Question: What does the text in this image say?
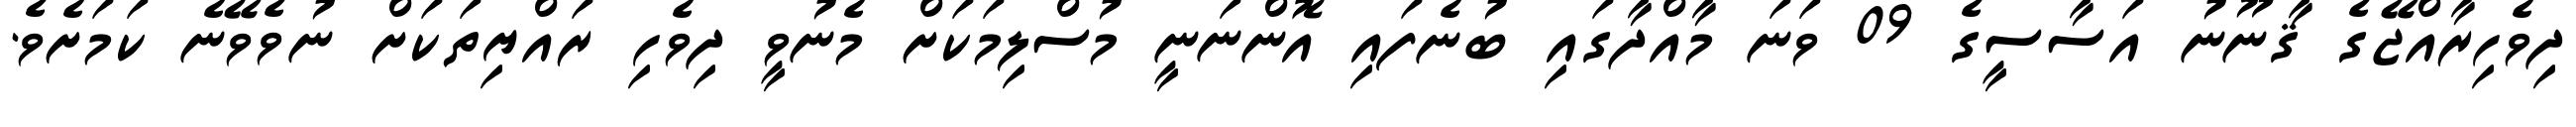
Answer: ދިވެހިރާއްޖޭގެ ޤާނޫނު އަސާސީގެ 09 ވަނަ މާއްދާގައި ބުނެފައި އޮންނަނީ މުސްލިމަކަށް މެނުވީ ދިވެހި ރައްޔިތަކަށް ނުވެވޭނެ ކަމަށެވެ.